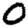
Digit: 0